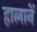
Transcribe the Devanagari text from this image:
हालानें